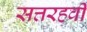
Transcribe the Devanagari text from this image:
सत्तरहवीं